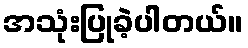
အသုံးပြုခဲ့ပါတယ်။